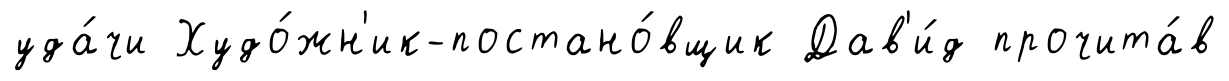
уда́чи Худо́жн'ик-постано́вщик Дав'и́д прочита́в